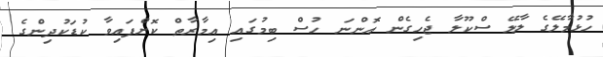
ހުޅުމާލޭގެ ލާލޭ ސްކޫލާ ޖެހިގެން އޮންނަ ހުސް ބިމުގައި އިމާރާތް ކޮށްފައިވާ ކުޑަކުދިންގެ